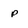
Character: p